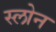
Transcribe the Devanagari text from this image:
स्‍लोन